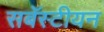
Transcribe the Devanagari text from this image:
सबॅस्टीयन